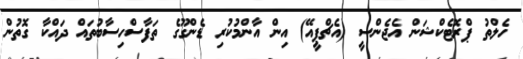
ހެލްތު ޕްރޮޓެކްޝަން އެޖެންސީ (އެޗްޕީއޭ) އިން އާންމުކުރި ޑެންގޫގެ ތަފާސްހިސާބުތައް ދައްކާ ގޮތުން